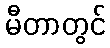
မီတာတွင်